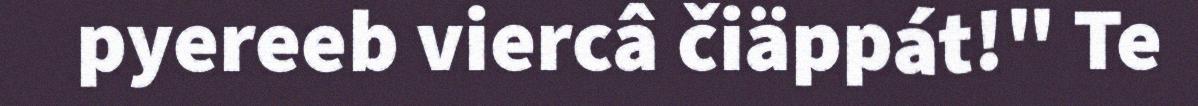
pyereeb viercâ čiäppát!" Te